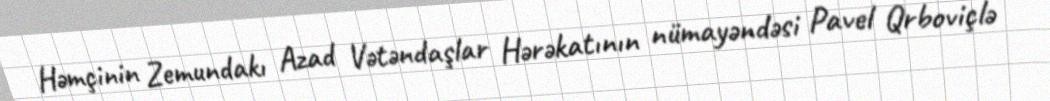
Həmçinin Zemundakı Azad Vətəndaşlar Hərəkatının nümayəndəsi Pavel Qrboviçlə